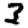
Digit: 3